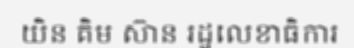
យិន គិម ស៊ាន រដ្ឋលេខាធិការ